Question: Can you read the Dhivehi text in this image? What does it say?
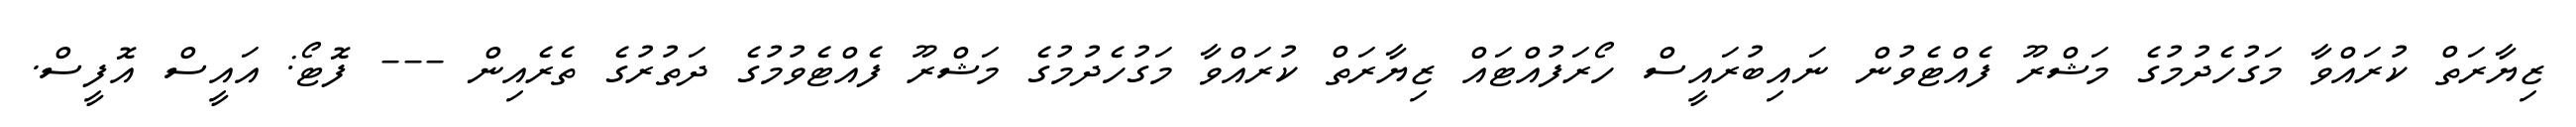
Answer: ޒިޔާރަތް ކުރައްވާ މަގުހެދުމުގެ މަޝްރޫ ފެއްޓެވުން ނައިބުރައީސް ހޯރަފުއްޓައް ޒިޔާރަތް ކުރައްވާ މަގުހެދުމުގެ މަޝްރޫ ފެއްޓެވުމުގެ ދަތުރުގެ ތެރެއިން --- ފޮޓޯ: އައީސް އޮފީސް.